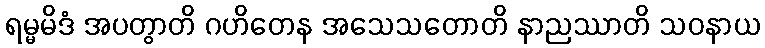
ရမ္မမိဒံ အပတွာတိ ဂဟိတေန အသေသတောတိ နာညဿာတိ သဝနာယ